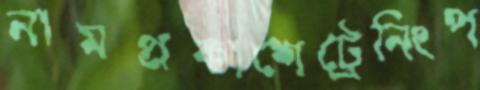
নামপ্রকাশেট্রেনিংপ